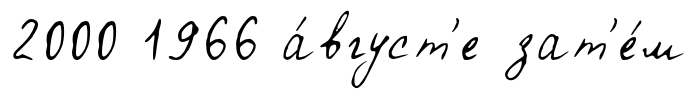
2000 1966 а́вгуст'е зат'е́м